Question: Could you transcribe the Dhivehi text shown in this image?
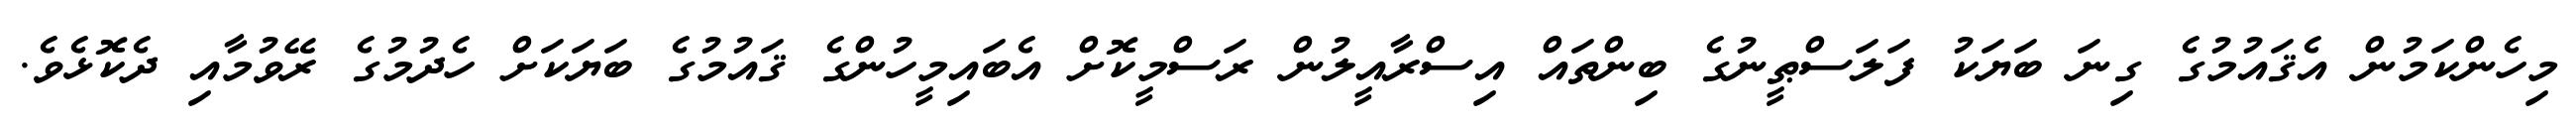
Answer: މިހެންކަމުން އެޤައުމުގެ ގިނަ ބަޔަކު ފަލަސްޠީނުގެ ބިންތައް އިސްރާއީލުން ރަސްމީކޮށް އެބައިމީހުންގެ ޤައުމުގެ ބަޔަކަށް ހެދުމުގެ ރޭވުމާއި ދެކޮޅެވެ.